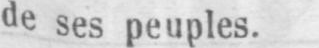
de ses peuples.